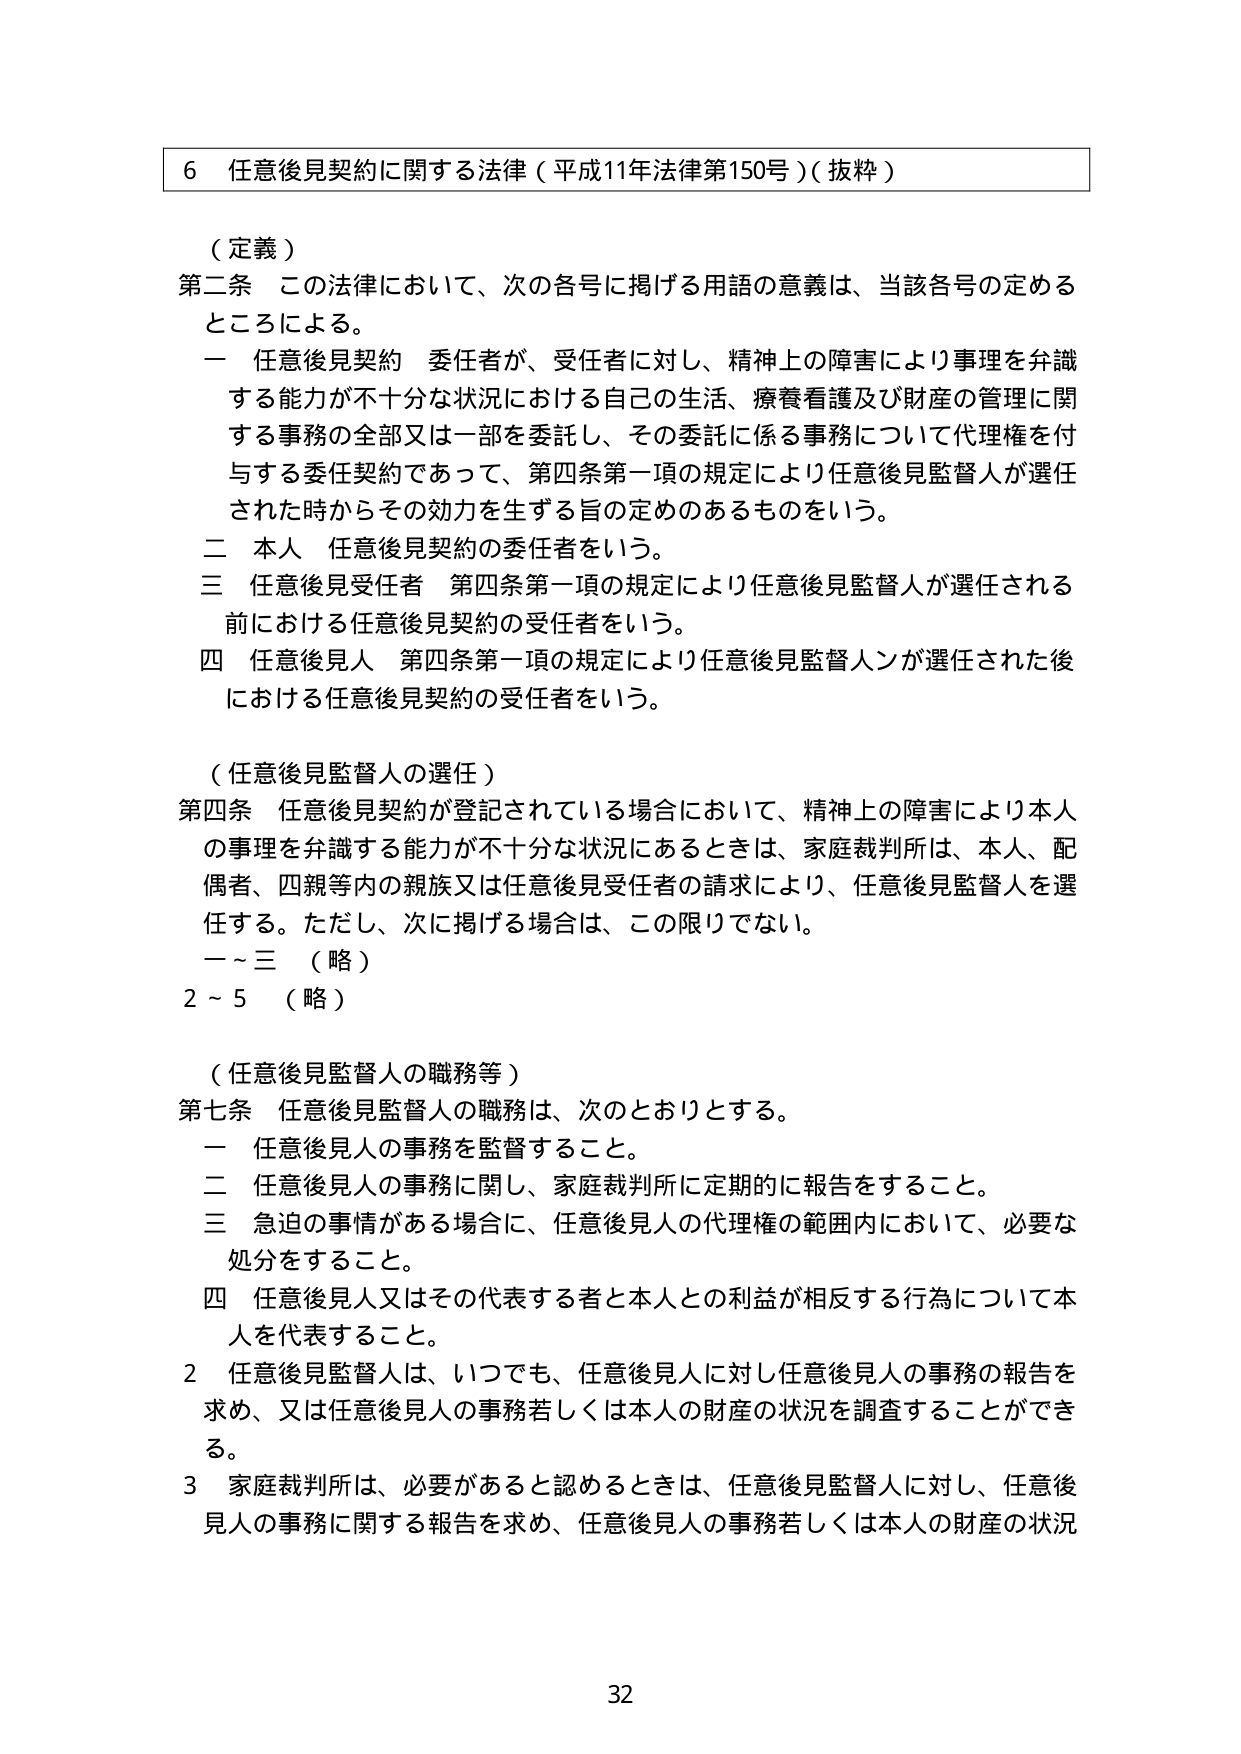
6 任意後見契約に関する法律（平成11年法律第150号）（抜粋）

（定義）
第二条 この法律において、次の各号に掲げる用語の意義は、当該各号の定めるところによる。
一 任意後見契約 委任者が、受任者に対し、精神上の障害により事理を弁識する能力が不十分な状況における自己の生活、療養看護及び財産の管理に関する事務の全部又は一部を委託し、その委託に係る事務について代理権を付与する委任契約であって、第四条第一項の規定により任意後見監督人が選任された時からその効力を生ずる旨の定めのあるものをいう。
二 本人 任意後見契約の委任者をいう。
三 任意後見受任者 第四条第一項の規定により任意後見監督人が選任される前における任意後見契約の受任者をいう。
四 任意後見人 第四条第一項の規定により任意後見監督人が選任された後における任意後見契約の受任者をいう。

（任意後見監督人の選任）
第四条 任意後見契約が登記されている場合において、精神上の障害により本人の事理を弁識する能力が不十分な状況にあるときは、家庭裁判所は、本人、配偶者、四親等内の親族又は任意後見受任者の請求により、任意後見監督人を選任する。ただし、次に掲げる場合は、この限りでない。
一～三 （略）
2～5 （略）

（任意後見監督人の職務等）
第七条 任意後見監督人の職務は、次のとおりとする。
一 任意後見人の事務を監督すること。
二 任意後見人の事務に関し、家庭裁判所に定期的に報告をすること。
三 急迫の事情がある場合に、任意後見人の代理権の範囲内において、必要な処分をすること。
四 任意後見人又はその代表する者と本人との利益が相反する行為について本人を代表すること。
2 任意後見監督人は、いつでも、任意後見人に対し任意後見人の事務の報告を求め、又は任意後見人の事務若しくは本人の財産の状況を調査することができる。
3 家庭裁判所は、必要があると認めるときは、任意後見監督人に対し、任意後見人の事務に関する報告を求め、任意後見人の事務若しくは本人の財産の状況

32